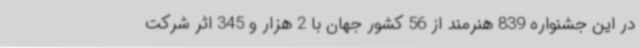
در این جشنواره 839 هنرمند از 56 کشور جهان با 2 هزار و 345 اثر شرکت